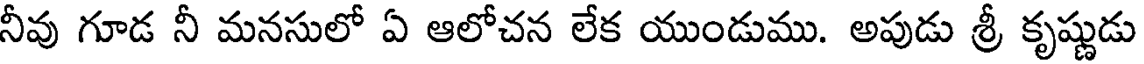
నీవు గూడ నీ మనసులో ఏ ఆలోచన లేక యుండుము. అపుడు శ్రీ కృష్ణుడు